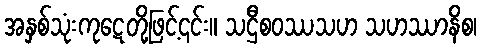
အနှစ်သုံးကုဋေတို့ဖြင့်၎င်း။ သဌီစဝဿသဟ သဟဿာနိစ၊